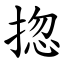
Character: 㧾